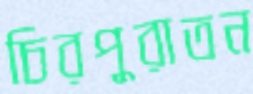
চিরপুরাতন